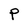
Character: P